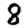
Digit: 8